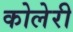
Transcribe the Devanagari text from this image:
कोलेरी